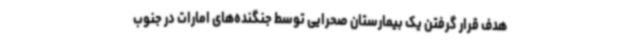
هدف قرار گرفتن یک بیمارستان‌ صحرایی توسط جنگنده‌های امارات در جنوب